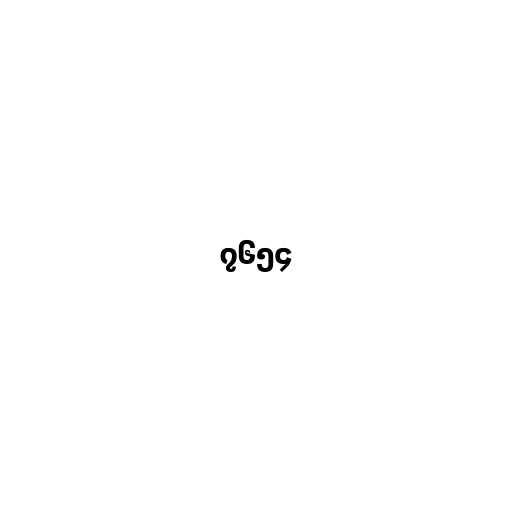
၇၆၅၄